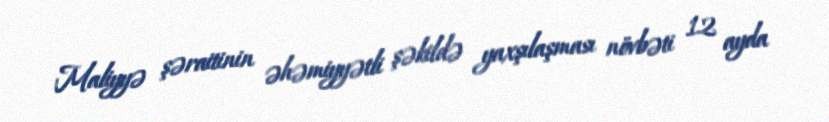
Maliyyə şəraitinin əhəmiyyətli şəkildə yaxşılaşması növbəti 12 ayda